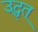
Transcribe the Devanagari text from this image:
उद्धृत्